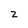
Character: z